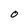
Character: O